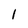
Character: l